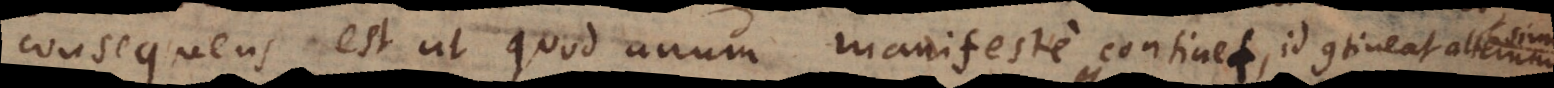
consequens est ut quod unum manifeste continet, id contineat alterum